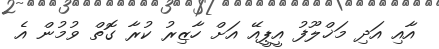
އާއި އަދި މަޚްލޫފު އީޕީއޭ އަށް ހާޒިރު ކުރާ ގޮތް ވުމުން އެ